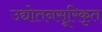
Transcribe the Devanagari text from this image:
उद्योतनसूरिकृत